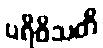
ပရိဝိသတိ